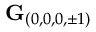
\mathbf { G } _ { ( 0 , 0 , 0 , \pm 1 ) }